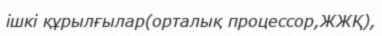
ішкі құрылғылар(орталық процессор,ЖЖҚ),